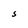
Character: S